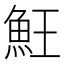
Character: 𩵭